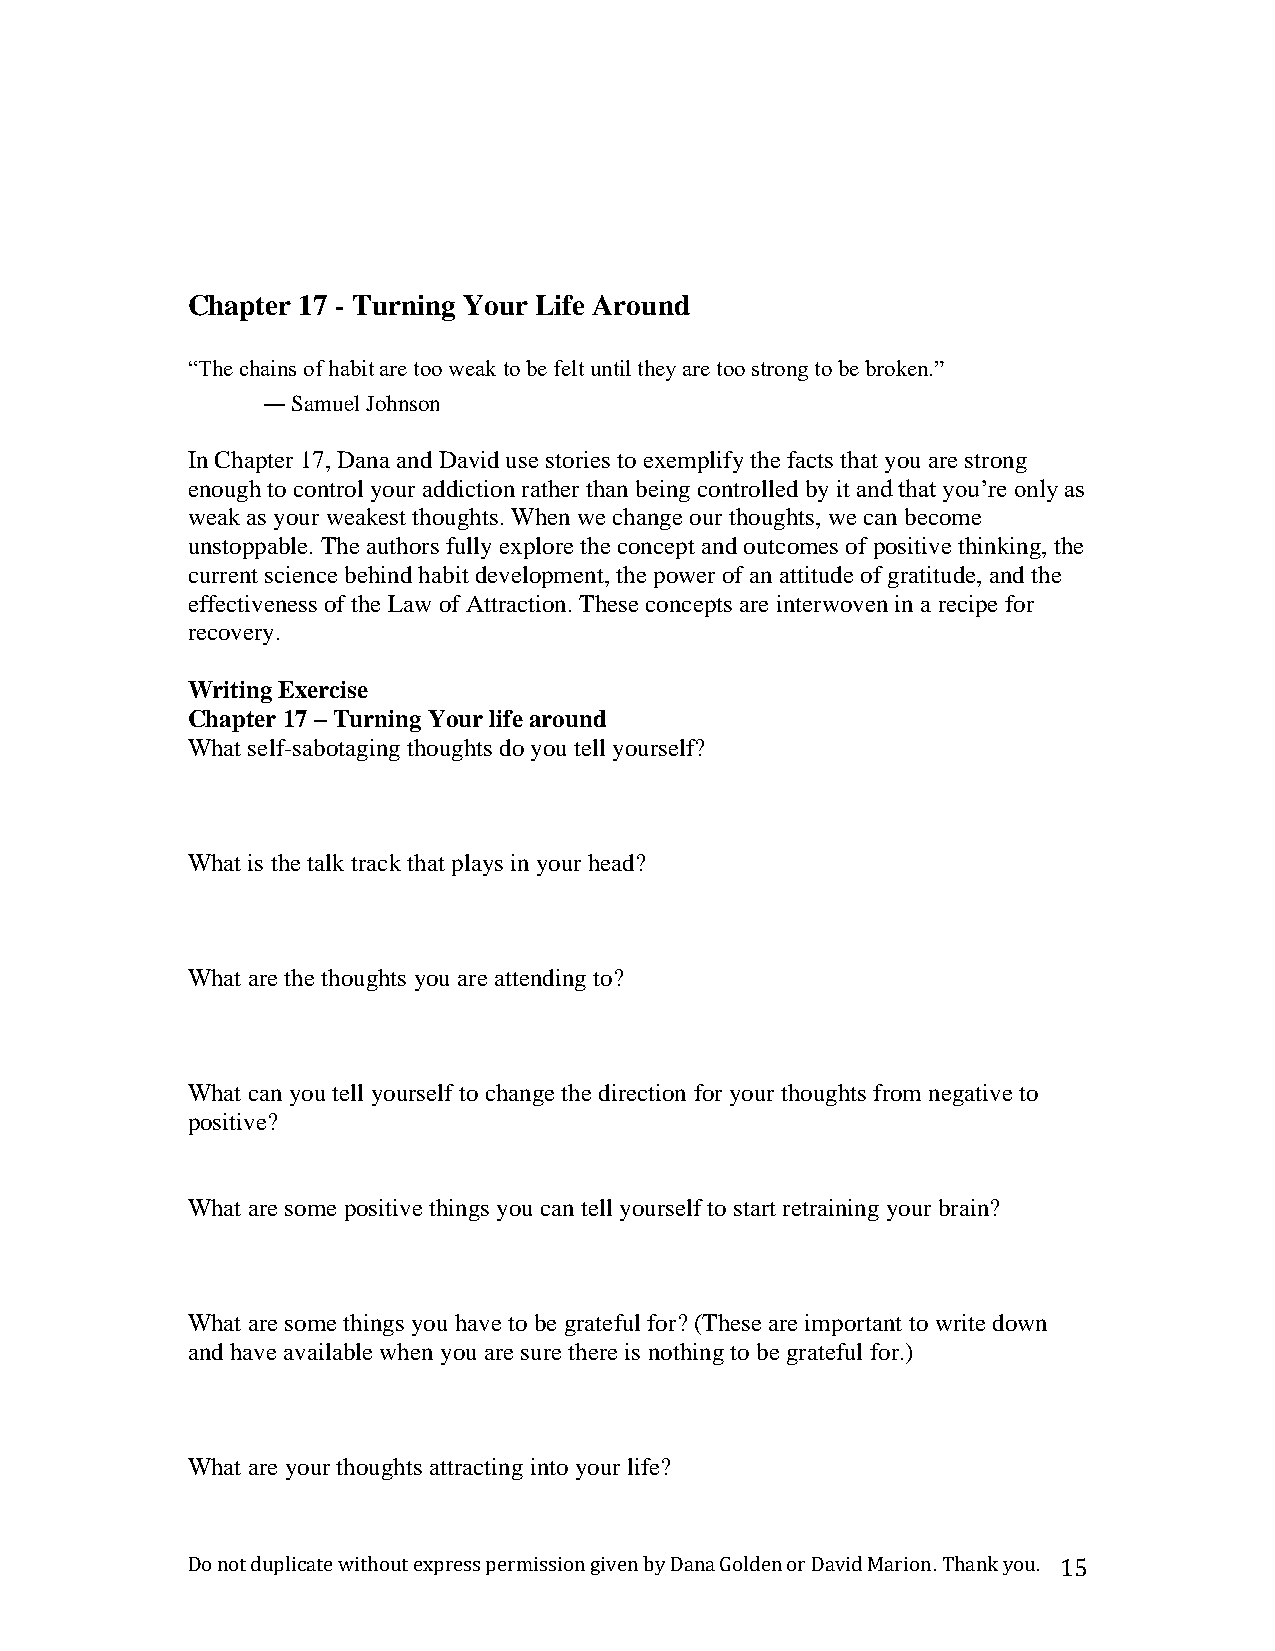
Chapter 17 - Turning Your Life Around
 “The chains of habit are too weak to be felt until they are too strong to be broken.”
 ― Samuel Johnson
 In Chapter 17, Dana and David use stories to exemplify the facts that you are strong
 enough to control your addiction rather than being controlled by it and that you’re only as
 weak as your weakest thoughts. When we change our thoughts, we can become
 unstoppable. The authors fully explore the concept and outcomes of positive thinking, the
 current science behind habit development, the power of an attitude of gratitude, and the
 effectiveness of the Law of Attraction. These concepts are interwoven in a recipe for
 recovery.
 Writing Exercise
 Chapter 17 – Turning Your life around
 What self-sabotaging thoughts do you tell yourself?
 What is the talk track that plays in your head?
 What are the thoughts you are attending to?
 What can you tell yourself to change the direction for your thoughts from negative to
 positive?
 What are some positive things you can tell yourself to start retraining your brain?
 What are some things you have to be grateful for? (These are important to write down
 and have available when you are sure there is nothing to be grateful for.)
 What are your thoughts attracting into your life?
 Do not duplicate without express permission given by Dana Golden or David Marion. Thank you. 15